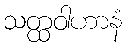
သတ္ထဝါဟာနံ